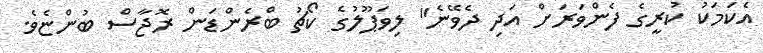
އެކަމަކު ކުރީގެ ފެންވަރަށް އަދި ދެވޭނެ" ލިވަޕޫލުގެ ކޯޗު ބްރެންޑަން ރޮޖާސް ބުންޏެވެ.